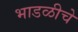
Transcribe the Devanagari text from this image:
भाडळीचे